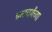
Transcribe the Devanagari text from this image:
ब्रम्हचर्येच्या